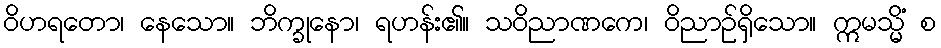
ဝိဟရတော၊ နေသော။ ဘိက္ခုနော၊ ရဟန်း၏။ သဝိညာဏကေ၊ ဝိညာဉ်ရှိသော။ ဣမသ္မိံ စ